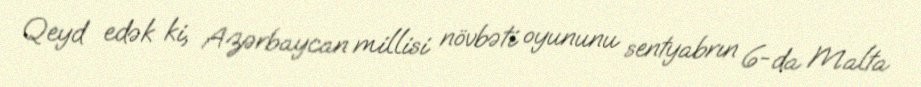
Qeyd edək ki, Azərbaycan millisi növbəti oyununu sentyabrın 6-da Malta